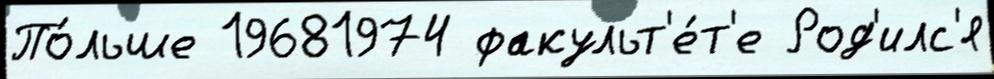
По́льше 19681974 факульт'е́т'е Род'илс'я